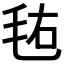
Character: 𣭊